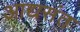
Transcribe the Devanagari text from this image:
आद्यसंत